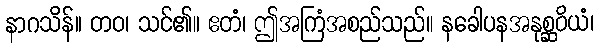
နာဂသိန်။ တဝ၊ သင်၏။ ဧတံ၊ ဤအကြံအစည်သည်။ နခေါပနအနုစ္ဆဝိယံ၊